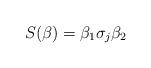
LaTeX: \begin{align*}S(\beta)=\beta_1\sigma_j\beta_2\end{align*}